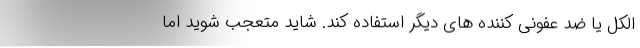
الکل یا ضد عفونی‌ کننده های دیگر استفاده کند. شاید متعجب شوید اما